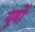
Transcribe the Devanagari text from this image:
युगाें